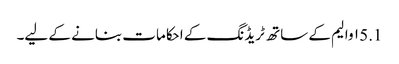
5.1 ۱ والیم کے ساتھ ٹریڈنگ کے احکامات بنانے کے لیے۔